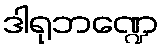
ဒါရုဘဏ္ဍေ